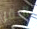
البقر